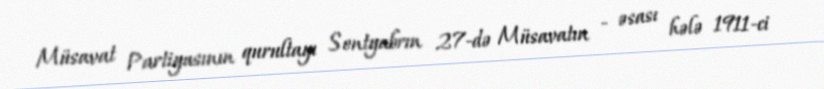
Müsavat Partiyasının qurultayı Sentyabrın 27-də Müsavatın - əsası hələ 1911-ci